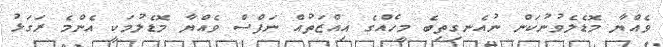
ވެއްޔާ މޮޑެލެވުނުކަން ނުއެނގިތިބެ މީހެއްގެ އިއްޒަތުއް ނަފްސް ވެއްޔާ މޮޑެލުމަކީ އެންމެ ރަގަޅު